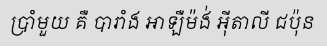
ប្រាំមួយ គឺ បារាំង អាឡឺម៉ង់ អ៊ីតាលី ជប៉ុន